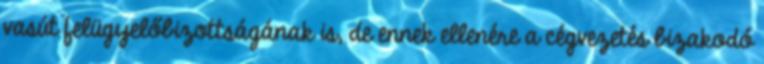
vasút felügyelőbizottságának is, de ennek ellenére a cégvezetés bizakodó